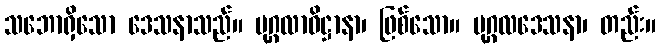
သဘောရှိသော ဒေသနာသည်။ ပုဂ္ဂလာဓိဋ္ဌာနာ၊ ဖြစ်သော။ ပုဂ္ဂလဒေသနာ၊ တည်း။